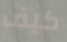
كيف